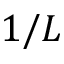
1 / L